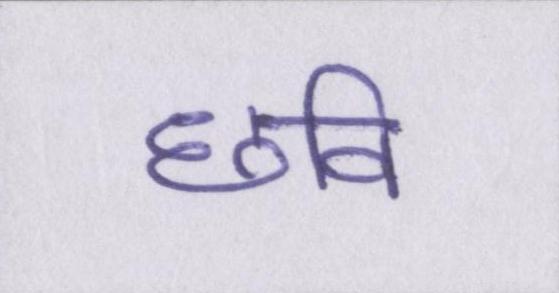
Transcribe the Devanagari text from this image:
छवि